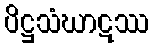
ပိဋ္ဌသံဃာဋဿ